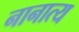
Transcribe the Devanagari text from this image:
नानात्य